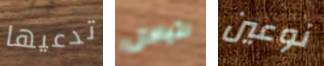
تدعيها لتبادل نوعين